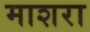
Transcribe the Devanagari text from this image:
माशरा